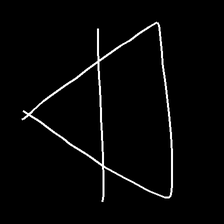
Glyph: empower